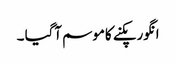
انگورپکنے کاموسم آگیا ۔